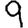
Digit: 9